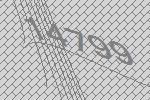
14799